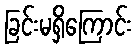
ခြင်းမရှိကြောင်း